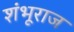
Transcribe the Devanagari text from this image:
शंभूराज